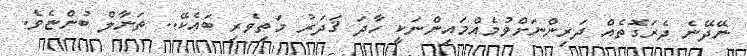
ނޭދޭނެ ދެރަގޮތެއް ދަރިންނަށްވުމެއްމައިންނަކީ ހާދަ ޤަދަރު މަތިވެރި ބައެކޭ.. ތަނާލް ބުންޏެވެ.